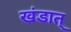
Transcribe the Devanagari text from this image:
खंडात्